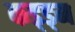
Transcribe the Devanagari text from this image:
कड्ड्म